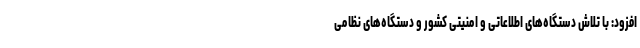
افزود: با تلاش دستگاه‌های اطلاعاتی و امنیتی کشور و دستگاه‌های نظامی